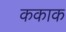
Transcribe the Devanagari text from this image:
ककाक